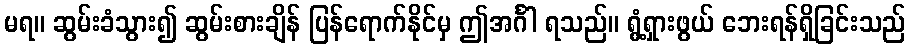
မရ။ ဆွမ်းခံသွား၍ ဆွမ်းစားချိန် ပြန်ရောက်နိုင်မှ ဤအင်္ဂါ ရသည်။ ရွံ့ရှားဖွယ် ဘေးရန်ရှိခြင်းသည်